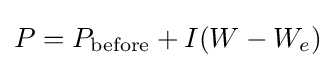
P=P_{\text{before}}+I(W-W_{e})